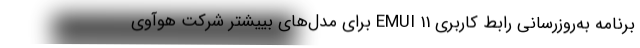
برنامه به‌روزرسانی رابط کاربری EMUI 11 برای مدل‌های بییشتر شرکت هوآوی